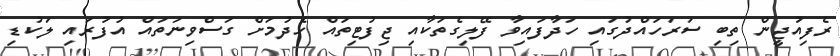
ރެފިއުޖީން ތިބި ސަރަހައްދުގައި ހަދާފައިވާ ފޭލިގެތަކާއި ޖިފުޓިތައް ހެދުމަށް ގަސްވިނަތައް އުފުރައި ލަކުޑި